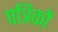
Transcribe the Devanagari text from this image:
पत्रिकों